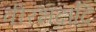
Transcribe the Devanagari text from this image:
वीरभद्रादि